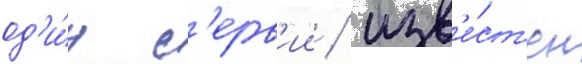
од'и́н с'ерв'ии / изв'е́ст'ен